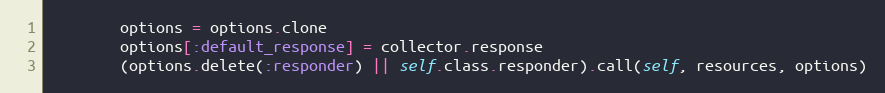
Language: Ruby
        options = options.clone
        options[:default_response] = collector.response
        (options.delete(:responder) || self.class.responder).call(self, resources, options)